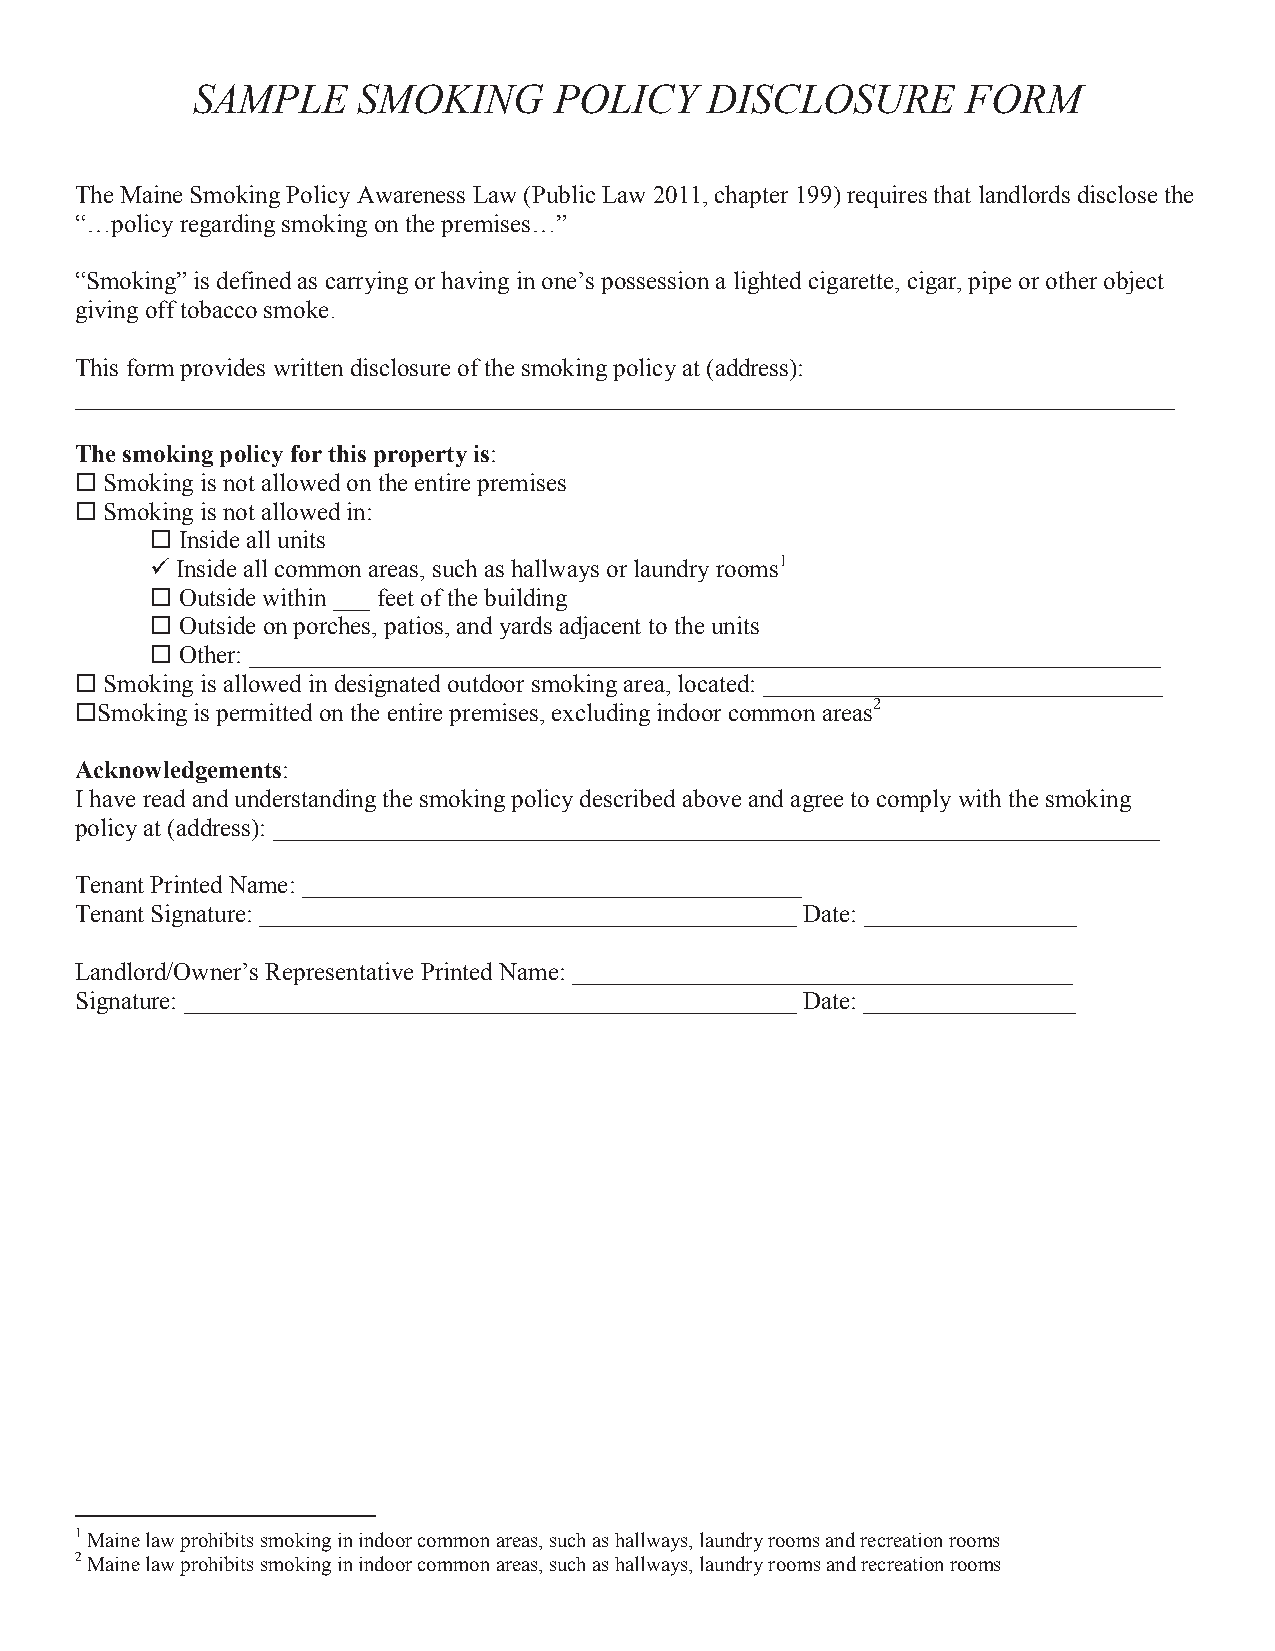
SAMPLE     SMOKING      POLICY    DISCLOSURE       FORM
 The Maine Smoking Policy Awareness Law (Public Law 2011, chapter 199) requires that landlords disclose the
 “…policy regarding smoking on the premises…”
 “Smoking” is defined as carrying or having in one’s possession a lighted cigarette, cigar, pipe or other object
 giving off tobacco smoke.
 This form provides written disclosure of the smoking policy at (address):
 ________________________________________________________________________________________
 The smoking policy for this property is:
 ¨ Smoking is not allowed on the entire premises
 ¨ Smoking is not allowed in:
 ¨ Inside all units
 ü Inside all common areas, such as hallways or laundry rooms1
 ¨ Outside within ___ feet of the building
 ¨ Outside on porches, patios, and yards adjacent to the units
 ¨ Other: _________________________________________________________________________
 ¨ Smoking is allowed in designated outdoor smoking area, located: ________________________________
 ¨Smoking is permitted on the entire premises, excluding indoor common areas2
 Acknowledgements:
 I have read and understanding the smoking policy described above and agree to comply with the smoking
 policy at (address): _______________________________________________________________________
 Tenant Printed Name: ________________________________________
 Tenant Signature: ___________________________________________ Date: _________________
 Landlord/Owner’s Representative Printed Name: ________________________________________
 Signature: _________________________________________________ Date: _________________
 1 Maine law prohibits smoking in indoor common areas, such as hallways, laundry rooms and recreation rooms
 2 Maine law prohibits smoking in indoor common areas, such as hallways, laundry rooms and recreation rooms